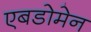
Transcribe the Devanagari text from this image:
एबडोमेन